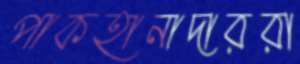
পাকহানাদাররা